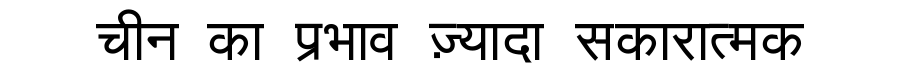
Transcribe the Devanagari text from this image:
चीन का प्रभाव ज़्यादा सकारात्मक